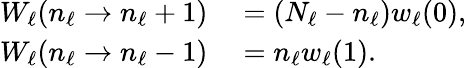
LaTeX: \begin{array}{rl}{W_{\ell}(n_{\ell}\rightarrow n_{\ell}+1)}&{{}=\left(N_{\ell}-n_{\ell}\right)w_{\ell}(0),}\\ {W_{\ell}(n_{\ell}\rightarrow n_{\ell}-1)}&{{}=n_{\ell}w_{\ell}(1).}\end{array}